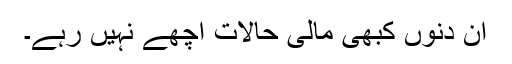
ان دنوں کبھی مالی حالات اچھے نہیں رہے۔